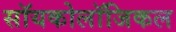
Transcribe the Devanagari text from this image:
सॉयकोलॉजिकल